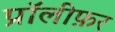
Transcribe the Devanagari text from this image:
प्रॉलीफ़र